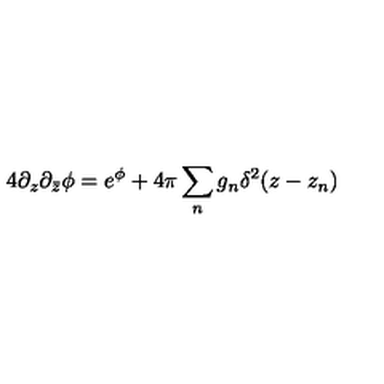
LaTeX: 4 \partial _ { z } \partial _ { \bar { z } } \phi = e ^ { \phi } + 4 \pi \sum _ { n } g _ { n } \delta ^ { 2 } ( z - z _ { n } )